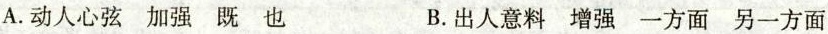
A.动人心弦 加强 既 也 B.出人意料 增强 一方面 另一方面